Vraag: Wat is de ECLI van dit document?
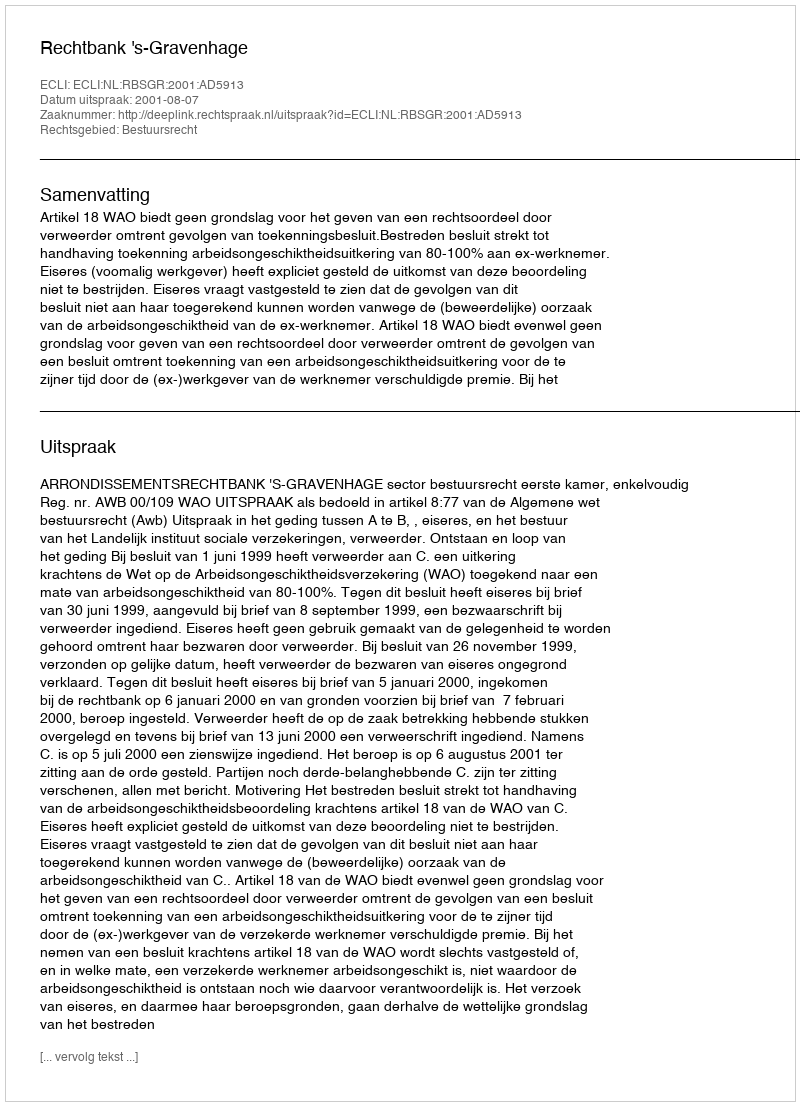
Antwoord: ECLI:NL:RBSGR:2001:AD5913